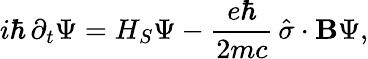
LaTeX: i\hbar\, \partial_{t}\Psi=H_{S}\Psi-{\frac{e\hbar}{2mc}}\, {\hat{\sigma}}\cdot\mathbf{B}\Psi,